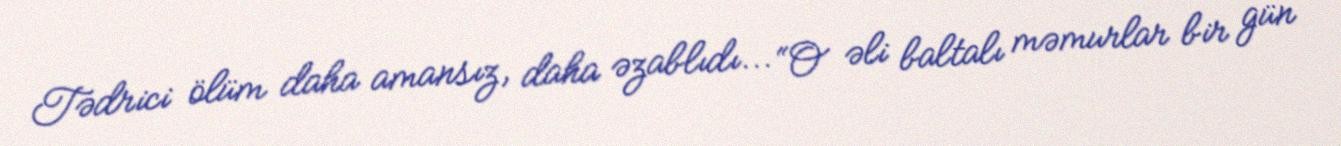
Tədrici ölüm daha amansız, daha əzablıdı... “O əli baltalı məmurlar bir gün